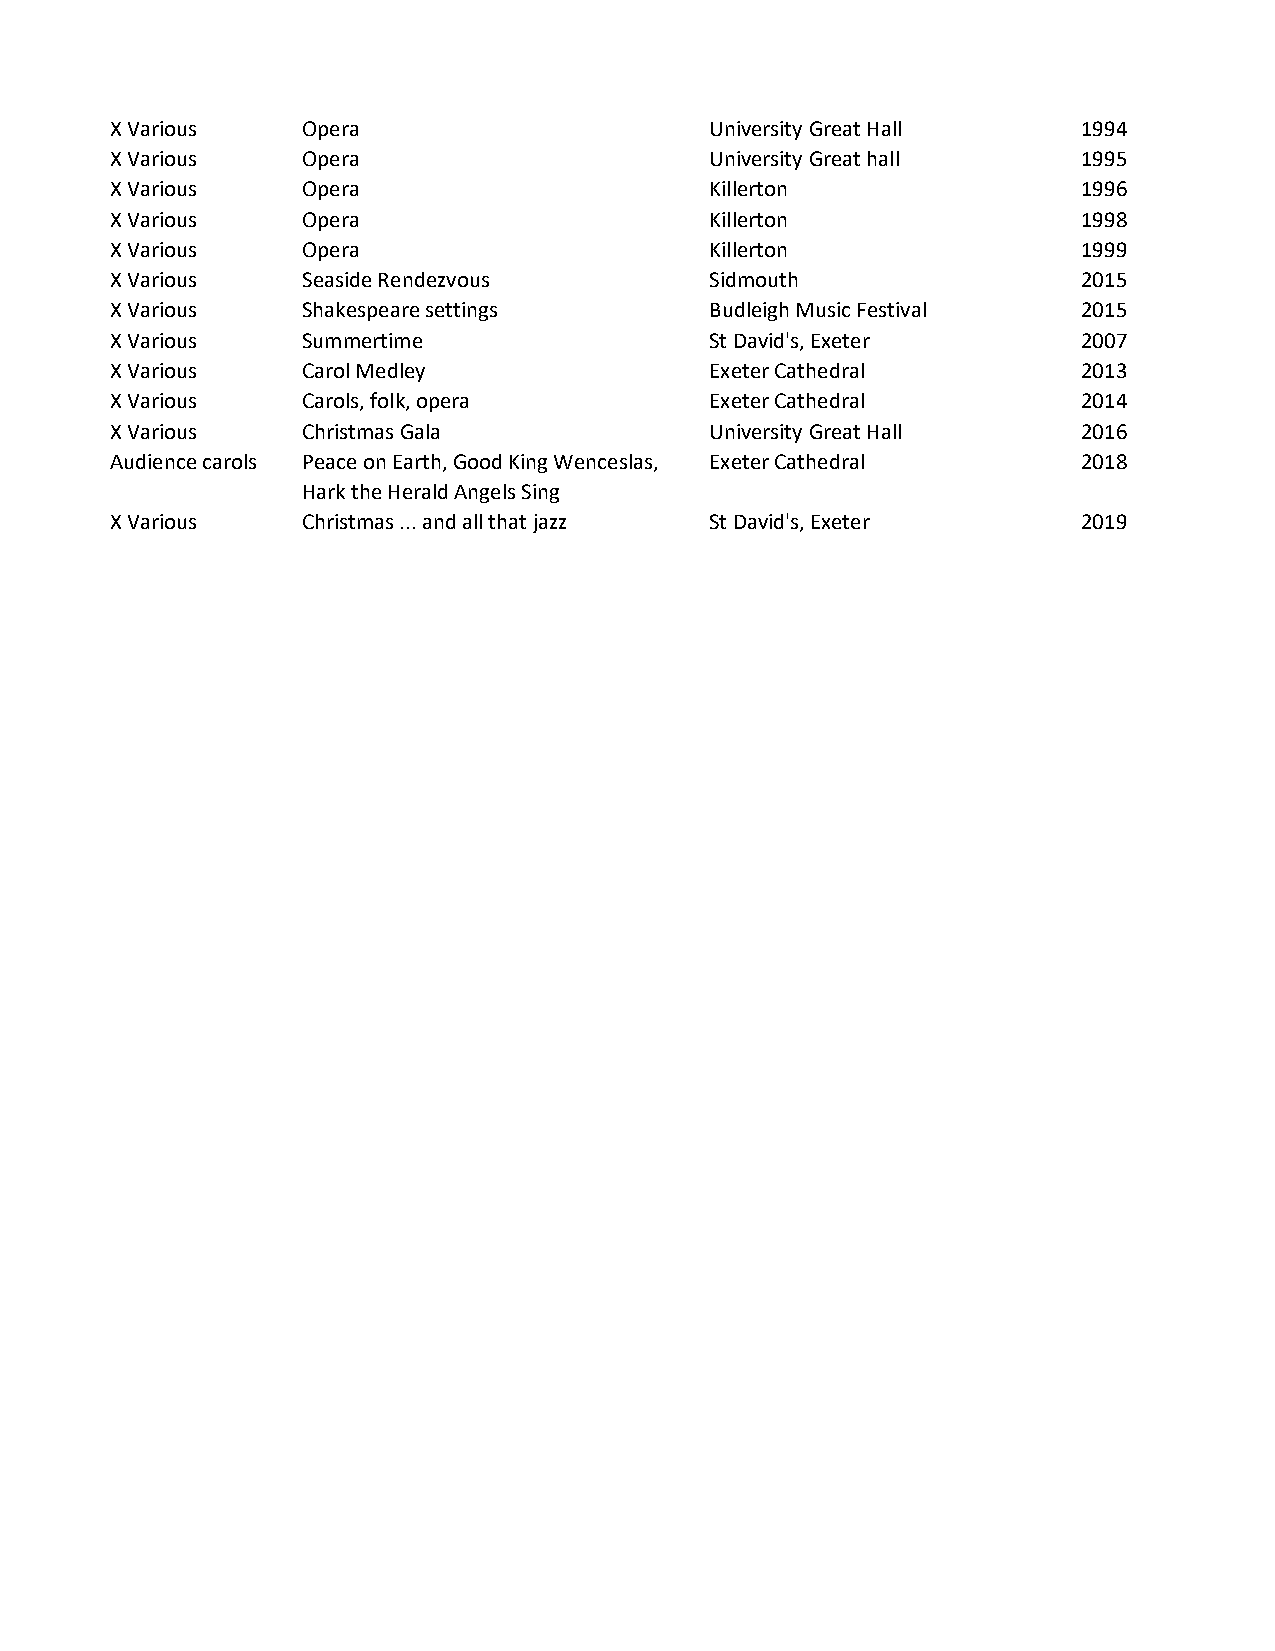
X Various    Opera                      University Great Hall    1994
 X Various    Opera                      University Great hall    1995
 X Various    Opera                      Killerton                1996
 X Various    Opera                      Killerton                1998
 X Various    Opera                      Killerton                1999
 X Various    Seaside Rendezvous         Sidmouth                 2015
 X Various    Shakespeare settings       Budleigh Music Festival  2015
 X Various    Summertime                 St David's, Exeter       2007
 X Various    Carol Medley               Exeter Cathedral         2013
 X Various    Carols, folk, opera        Exeter Cathedral         2014
 X Various    Christmas Gala             University Great Hall    2016
 Audience carols Peace on Earth, Good King Wenceslas, Exeter Cathedral 2018
 Hark the Herald Angels Sing
 X Various    Christmas ... and all that jazz St David's, Exeter  2019